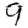
Digit: 9